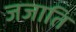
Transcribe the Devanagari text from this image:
जजाति